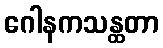
ဂေါနကသန္ထတာ